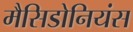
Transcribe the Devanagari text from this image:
मैसिडोनियंस